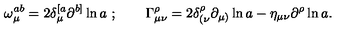
\omega _ { \mu } ^ { a b } = 2 \delta _ { \mu } ^ { [ a } \partial ^ { b ] } \ln a \ ; \qquad \Gamma _ { \mu \nu } ^ { \rho } = 2 \delta _ { ( \nu } ^ { \rho } \partial _ { \mu ) } \ln a - \eta _ { \mu \nu } \partial ^ { \rho } \ln a .